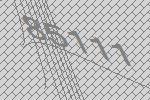
85111